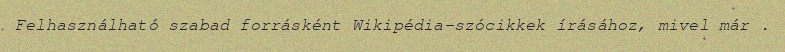
Felhasználható szabad forrásként Wikipédia-szócikkek írásához, mivel már .